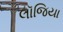
લૉજિયા